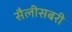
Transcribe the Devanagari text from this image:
सैलीसबरी